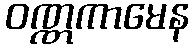
ဝဏ္ဏကာမေန